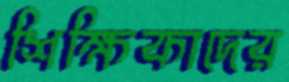
শিক্ষিকাদের